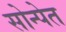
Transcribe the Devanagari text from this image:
सोन्पेत